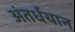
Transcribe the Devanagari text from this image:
अंतर्धयान